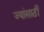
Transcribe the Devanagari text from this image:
ज्यांसाठी